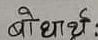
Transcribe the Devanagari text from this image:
बोधार्थ: